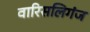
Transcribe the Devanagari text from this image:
वारिसलिगंज